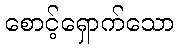
စောင့်ရှောက်သော